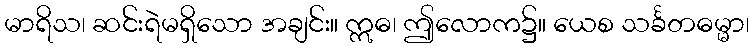
မာရိသ၊ ဆင်းရဲမရှိသော အချင်း။ ဣဓ၊ ဤလောက၌။ ယေစ သင်္ခတဓမ္မာ၊